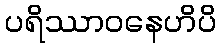
ပရိဿာဝနေဟိပိ